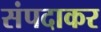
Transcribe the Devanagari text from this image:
संपदाकर